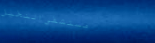
مستشفى النخيل